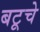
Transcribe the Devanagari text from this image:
बटूचे